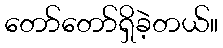
တော်တော်ရှိခဲ့တယ်။